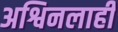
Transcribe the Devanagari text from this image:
अश्विनलाही